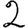
Digit: 2